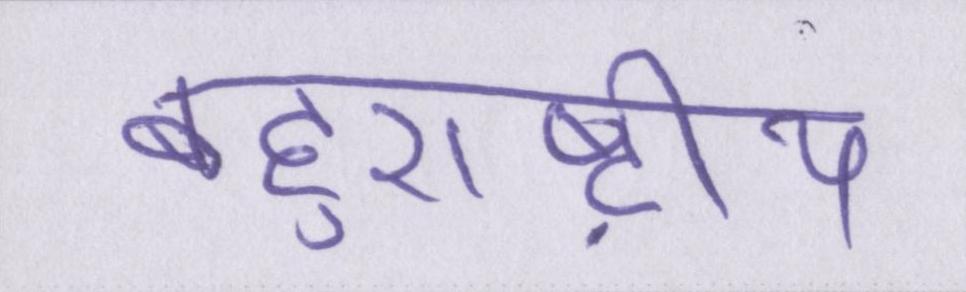
बहुराष्ट्रीय